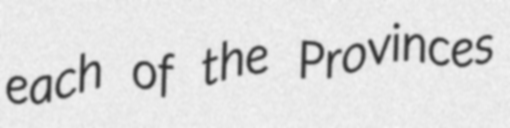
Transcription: each of the Provinces